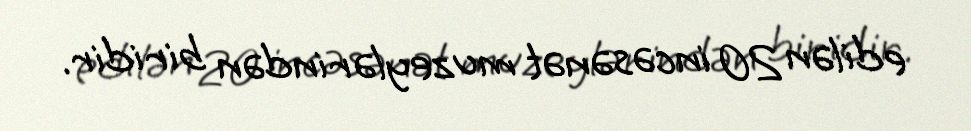
edilən 20 incəsənət muzeylərindən biridir.